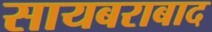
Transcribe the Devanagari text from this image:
सायबराबाद